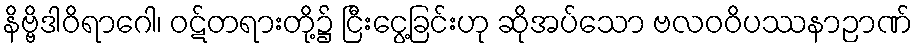
နိဗ္ဗိဒါဝိရာဂေါ၊ ဝဋ်တရားတို့၌ ငြီးငွေ့ခြင်းဟု ဆိုအပ်သော ဗလဝဝိပဿနာဉာဏ်